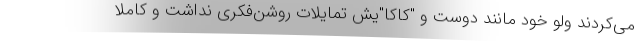
می‌کردند ولو خود مانند دوست و "کاکا"یش تمایلات روشن‌فکری نداشت و کاملا